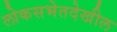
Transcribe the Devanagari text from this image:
लोकसभेतदेखील